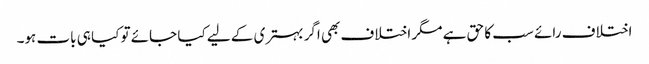
اختلاف رائے سب کا حق ہے مگر اختلاف بھی اگر بہتری کے لیے کیا جائے تو کیا ہی بات ہو۔